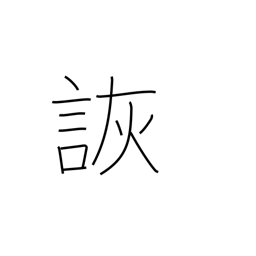
Meaning: jest